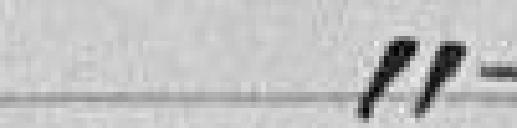
"